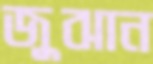
জুঝান